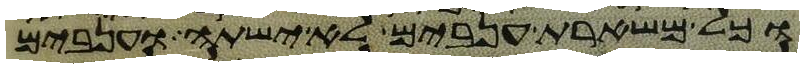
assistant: וכל משארת ענבים לא ישתה וענבים